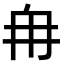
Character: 𮉼